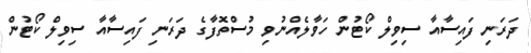
ދަރަނި ފައިސާއާ ސިވިލް ކޯޓުން ހަވާލެއްނުވި މުސްތޮފާގެ ދަރަނި ފައިސާއާ ސިވިލް ކޯޓުން